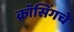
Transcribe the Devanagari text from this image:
क्रॉसिंगचे